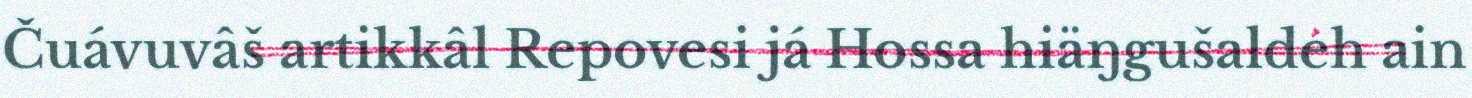
Čuávuvâš artikkâl Repovesi já Hossa hiäŋgušaldeh ain